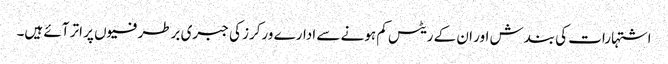
اشتہارات کی بندش اور ان کے ریٹس کم ہونے سے ادارے ورکرز کی جبری برطرفیوں پر اتر آئے ہیں۔